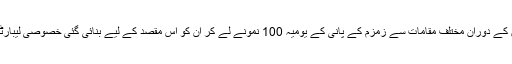
اس سلسلے میں 24 گھنٹوں کے دوران مختلف مقامات سے زمزم کے پانی کے یومیہ 100 نمونے لے کر ان کو اس مقصد کے لیے بنائی گئی خصوصی لیبارٹری میں ٹیسٹ کیا جاتا ہے۔